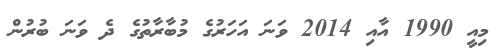
މިއީ 1990 އާއި 2014 ވަނަ އަހަރުގެ މުބާރާތުގެ ދެ ވަނަ ބުރުން